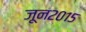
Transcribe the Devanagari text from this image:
जून२०१५